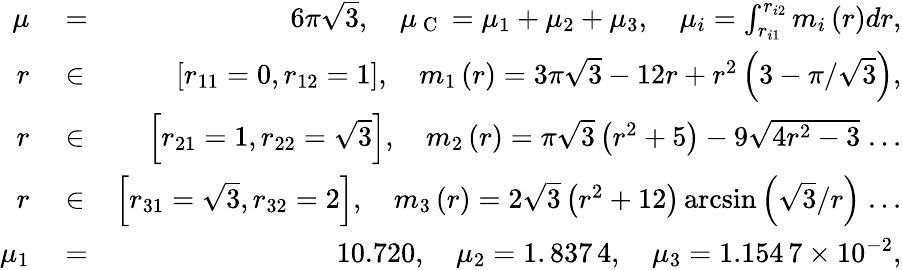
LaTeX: \begin{array}{rlr}{\mu}&{{}=}&{6\pi\sqrt{3},\quad\mu_{\mathrm{~C~}}=\mu_{1}+\mu_{2}+\mu_{3},\quad\mu_{i}=\int_{r_{i1}}^{r_{i2}}m_{i}\left(r\right)dr,}\\ {r}&{{}\in}&{\left[r_{11}=0,r_{12}=1\right],\quad m_{1}\left(r\right)=3\pi\sqrt{3}-12r+r^{2}\left(3-\pi/\sqrt{3}\right),}\\ {r}&{{}\in}&{\left[r_{21}=1,r_{22}=\sqrt{3}\right],\quad m_{2}\left(r\right)=\pi\sqrt{3}\left(r^{2}+5\right)-9\sqrt{4r^{2}-3}\; ...}\\ {r}&{{}\in}&{\left[r_{31}=\sqrt{3},r_{32}=2\right],\quad m_{3}\left(r\right)=2\sqrt{3}\left(r^{2}+12\right)\arcsin\left(\sqrt{3}/r\right)\; ...}\\ {\mu_{1}}&{{}=}&{10.720,\quad\mu_{2}=1.\, 837\, 4,\quad\mu_{3}=1.154\, 7\times 10^{-2},}\end{array}